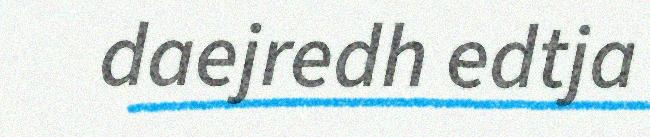
daejredh edtja